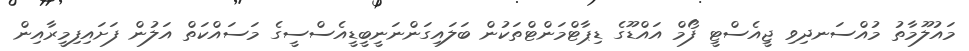
މައުލޫމާތު މުއްސަނދިވި ޖީއެސްޓީ ފޯމް އައްޑޫގެ ޑިޕާޓްމަންޓްތަކުން ބަލައިގަންނަނީބީޑީއެސްސީގެ މަސައްކަތް އަލުން ފަށައިފިމީރާއިން